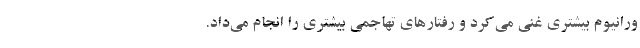
ورانیوم بیشتری غنی می‌کرد و رفتارهای تهاجمی بیشتری را انجام می‌داد.